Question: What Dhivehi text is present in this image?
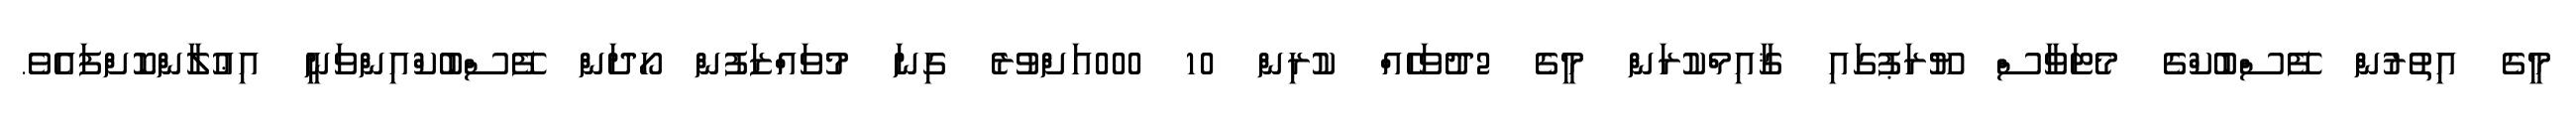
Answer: މީގެ އިތުރުން ފޭސްބުކްގެ މެޓަވާސް ޔޫރަޕުގައި ޤާއިމްކުރަން މީގެ 2ދުވަހެއް ކުރިން 10 000އަށްވުރެ ގިނަ މުވައްޒަފުން ހޯދަން ފޭސްބުކްއިންވަނީ އިޢުލާންކޮށްފައެވެ.